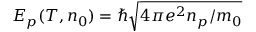
E _ { p } ( T , n _ { 0 } ) = \hbar \sqrt { 4 \pi e ^ { 2 } n _ { p } / m _ { 0 } }